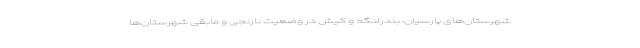
شهرستان‌های پارسیان، بندرلنگه و کیش در وضعیت نارنجی و مابقی شهرستان‌ها